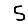
Digit: 5